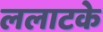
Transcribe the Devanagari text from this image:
ललाटके